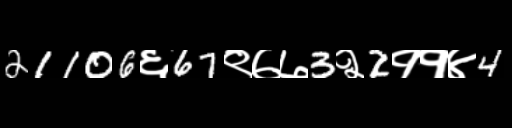
Text: 21106६67९७७3२2११४4